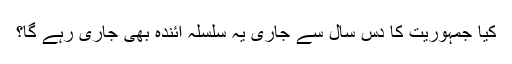
کیا جمہوریت کا دس سال سے جاری یہ سلسلہ آئندہ بھی جاری رہے گا؟